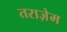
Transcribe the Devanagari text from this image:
तराज़ेम